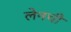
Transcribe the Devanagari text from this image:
लेनची